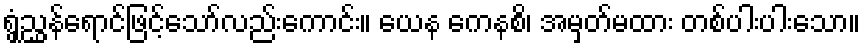
ရွှံညွှန်ရောင်ဖြင့်သော်လည်းကောင်း။ ယေန ကေနစိ၊ အမှတ်မထား တစ်ပါးပါးသော။